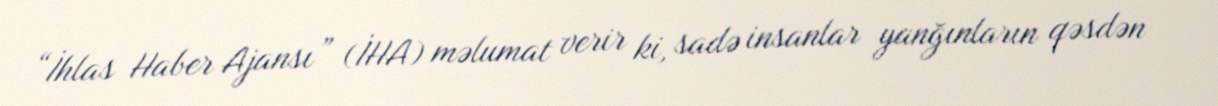
“İhlas Haber Ajansı” (İHA) məlumat verir ki, sadə insanlar yanğınların qəsdən